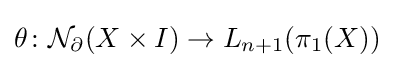
\theta \colon {\mathcal {N}}_{\partial }(X\times I)\to L_{n+1}(\pi _{1}(X))